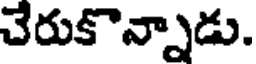
చేరుకొన్నాడు.